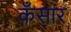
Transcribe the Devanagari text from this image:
कँसार